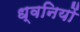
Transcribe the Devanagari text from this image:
ध्‍वनियों